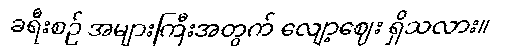
ခရီးစဉ် အများကြီးအတွက် လျော့ဈေး ရှိသလား။